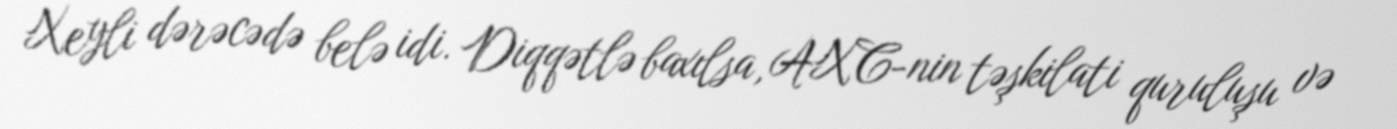
Xeyli dərəcədə belə idi. Diqqətlə baxılsa, AXC-nin təşkilati quruluşu və